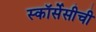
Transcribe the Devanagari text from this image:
स्कॉर्सेसीची